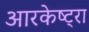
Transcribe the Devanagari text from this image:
आरकेष्ट्रा